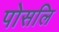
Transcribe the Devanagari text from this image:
पोसलि